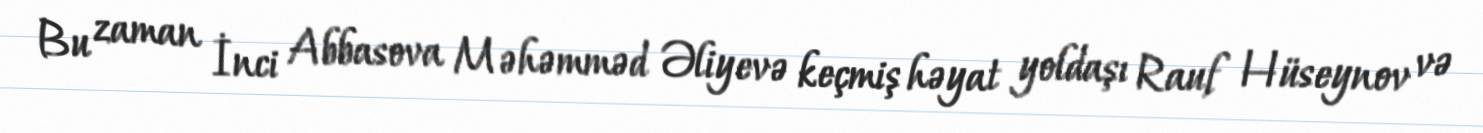
Bu zaman İnci Abbasova Məhəmməd Əliyevə keçmiş həyat yoldaşı Rauf Hüseynov və